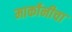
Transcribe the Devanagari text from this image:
मार्कोनीचा